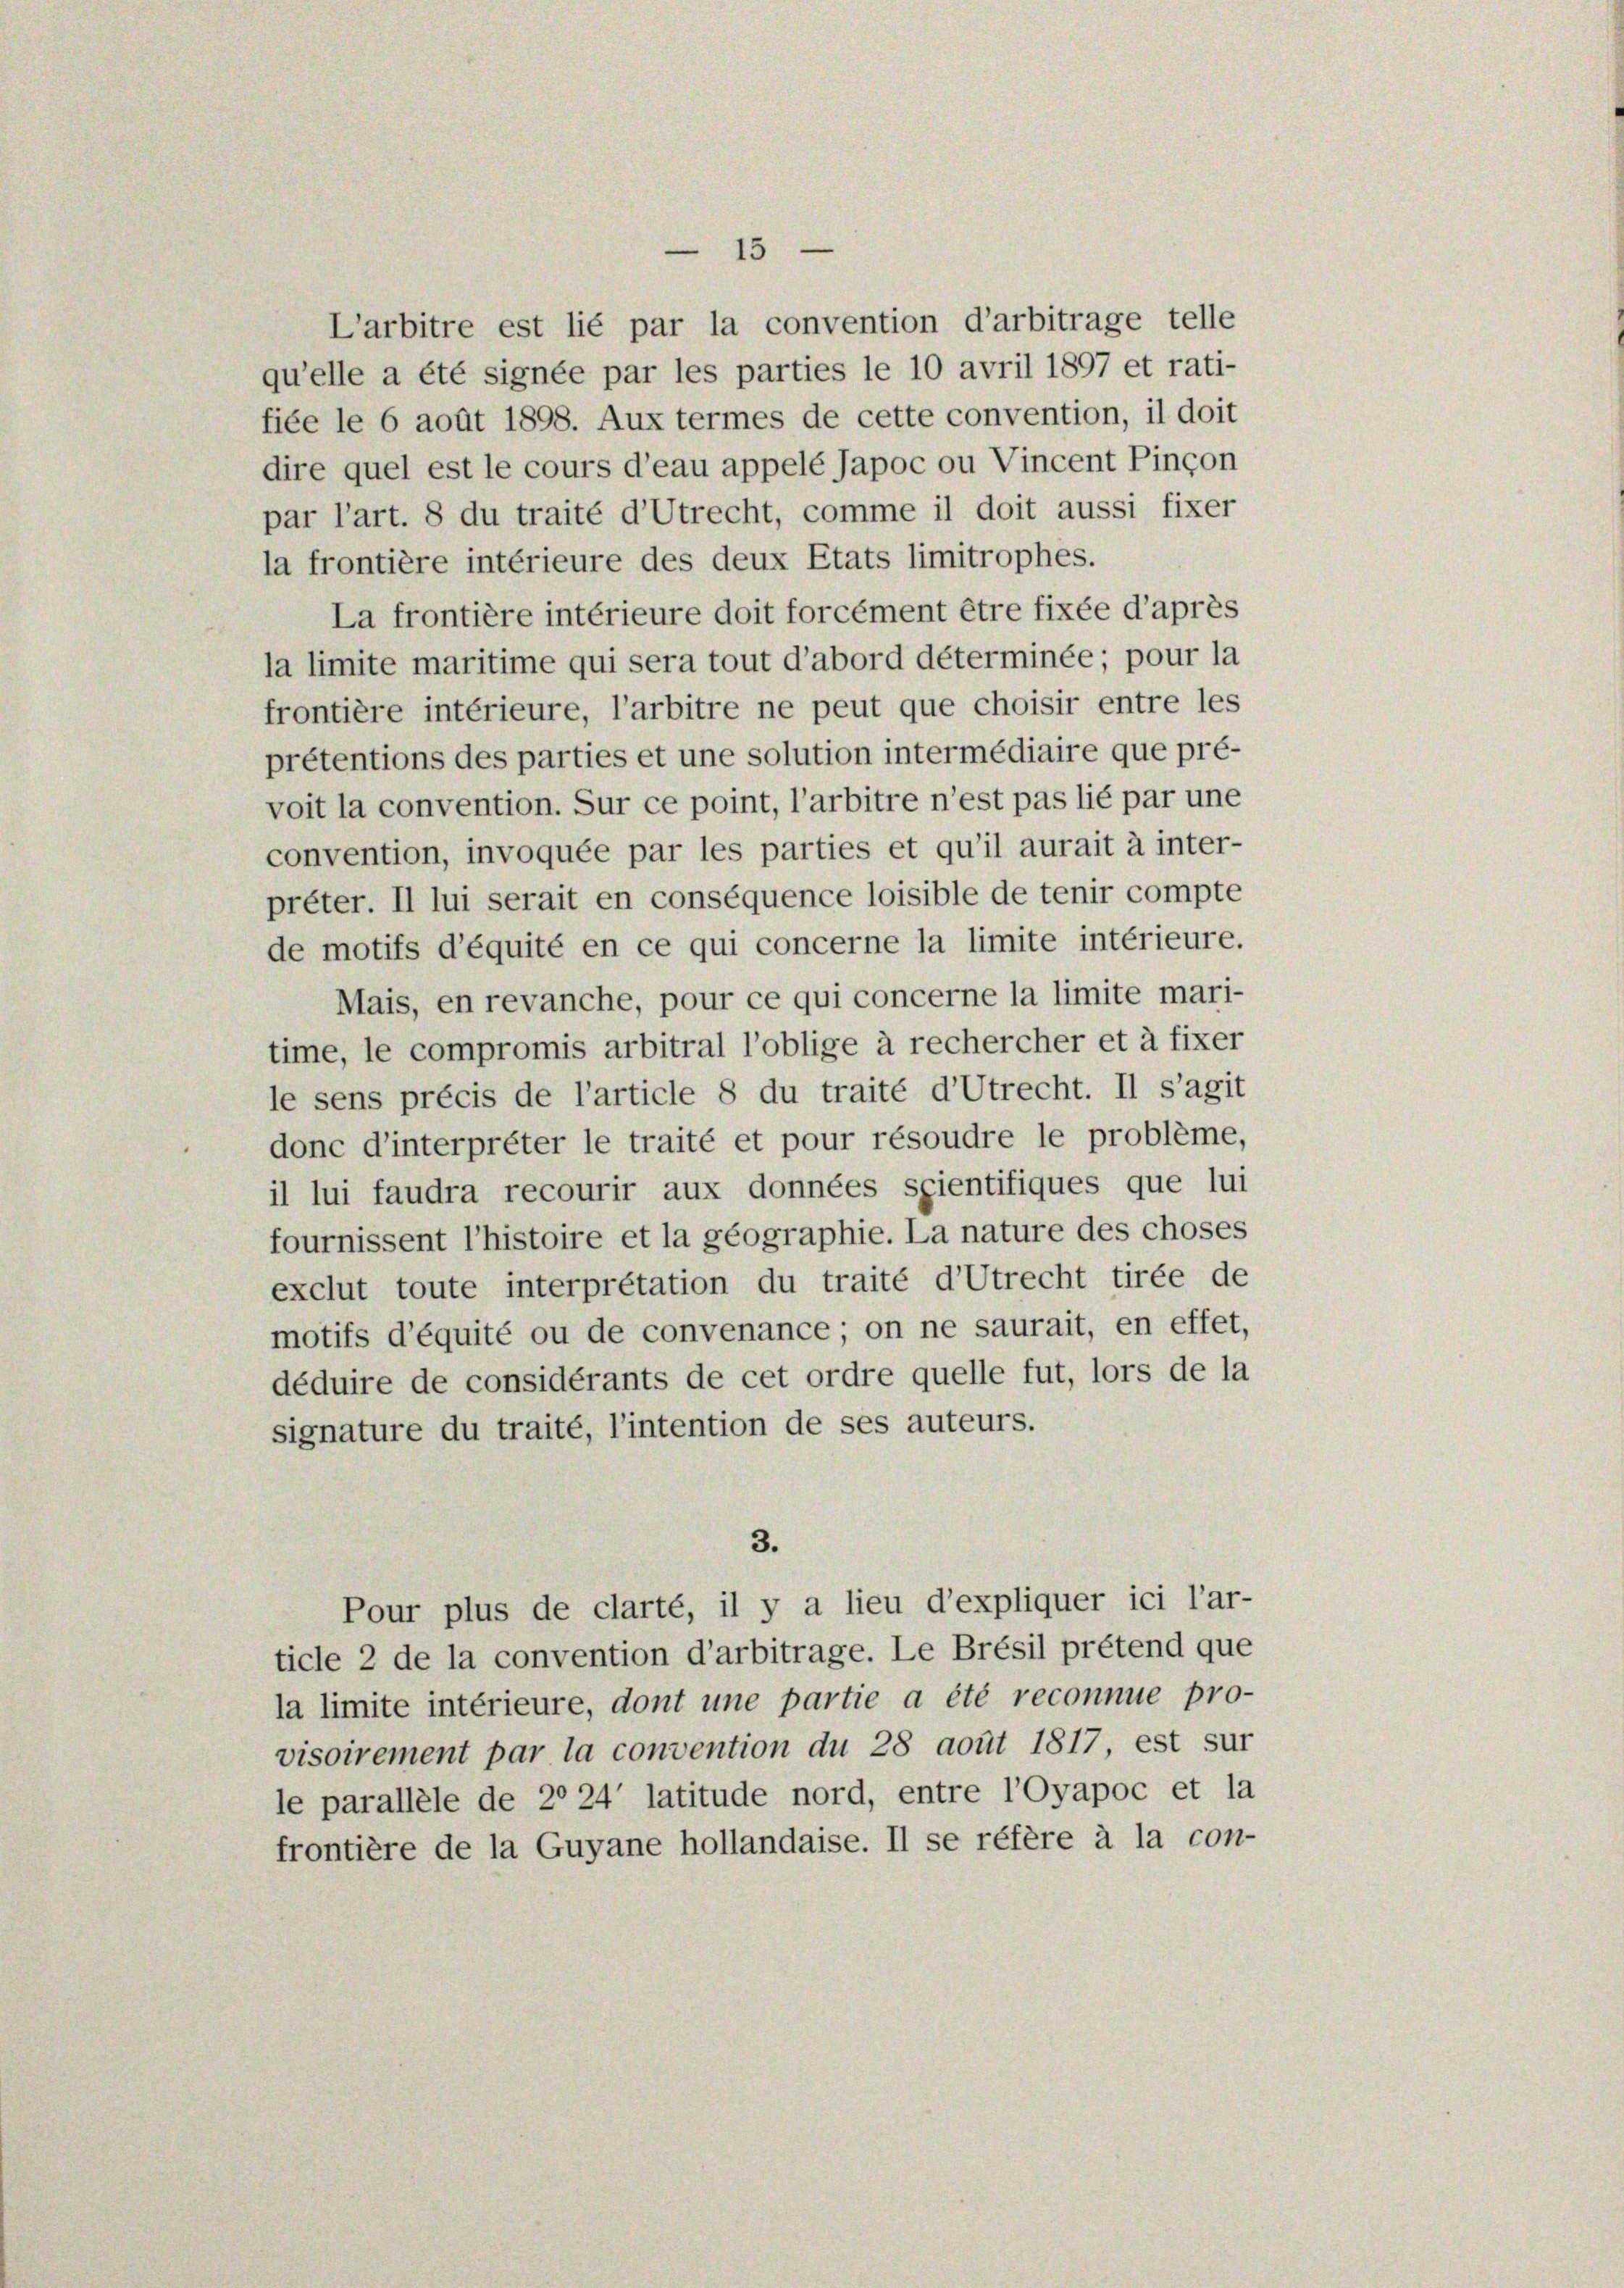
3.
Pour plus de clarté, il y a lieu d’expliquer ici l’ar-
ticle 2 de la convention d’arbitrage. Le Brésil prétend que
la limite intérieure, dont une partie a été reconnue pro-
visoirement par la convention du 28 aout 1817, est sur
le parallele de 2° 24 latitude nord, entre l’oyapoc et la
frontière de la Guyane hollandaise. Il se réfère à la con-

L’arbitre est lié par la convention d’arbitrage telle
qu’elle a été signée par les parties le 10 avril 1897 et rati-
fiée le 6 août 1898. Aux termes de cette convention, il doit
dire quel est le cours d’eau appelé Japoc ou Vincent Pinçon
par l’art. 8 du traité d’Utrecht, comme il doit aussi fixer
la frontière intérieure des deux Etats limitrophes.
La frontière intérieure doit forcément être fixée d’après
la limite maritime qui sera tout d’abord déterminée; pour la
frontière intérieure, l’arbitre ne peut que choisir entre les
prétentions des parties et une solution intermédiaire que pré-
voit la convention. Sur ce point, l’arbitre n’est pas lié par une
convention, invoquée par les parties et qu’il aurait à inter-
prêter. Il lui serait en conséquence loisible de tenir compte
de motifs d’équité en ce qui concerne la limite intérieure.
Mais, en revanche, pour ce qui concerne la limite mari-
time, le compromis arbitral l’oblige à rechercher et à fixer
le sens précis de l’article 8 du traité d’Utrecht. Il s’agit
donc d’interprêter le traité et pour résoudre le probleme,
il lui faudra recourir aux données spientifiques que lui
fournissent l’histoire et la géographie. La nature des choses
exclut toute interpretation du traité d’Utrecht tirée de
motifs d’équité ou de convenance; on ne saurait, en effet,
déduire de considérants de cet ordre quelle fut, lors de la
signature du traité, l’intention de ses auteurs.